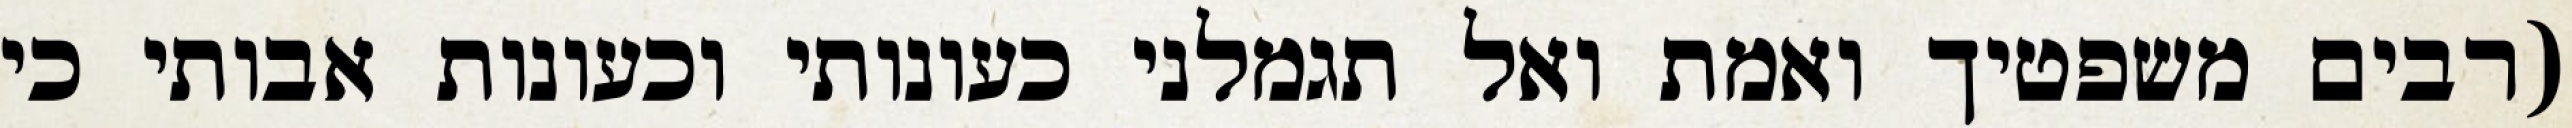
(רבים משפטיך ואמת ואל תגמלני כעונותי וכעונות אבותי כי